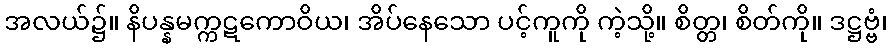
အလယ်၌။ နိပန္နမက္ကဋကောဝိယ၊ အိပ်နေသော ပင့်ကူကို ကဲ့သို့။ စိတ္တ၊ စိတ်ကို။ ဒဋ္ဌဗ္ဗံ၊